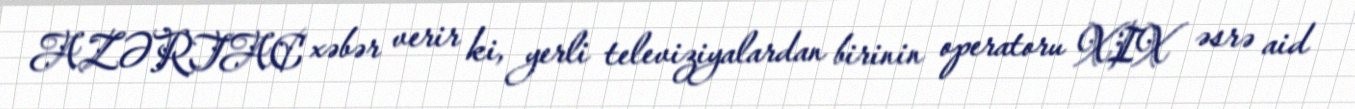
AZƏRTAC xəbər verir ki, yerli televiziyalardan birinin operatoru XIX əsrə aid